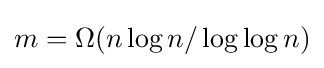
m=\Omega (n\log n/\log \log n)